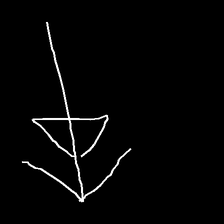
Glyph: pull